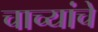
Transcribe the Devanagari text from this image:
चाच्यांचे